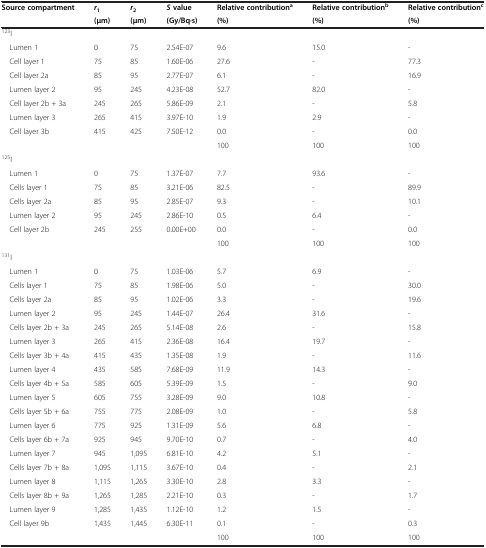
<table><thead><tr><td><b>Source compartment</b></td><td><b><i>r</i><sub>1</sub></b></td><td><b><i>r</i><sub>2</sub></b></td><td><b><i>S</i>value</b></td><td><b>Relative contribution<sup>a</sup></b></td><td><b>Relative contribution<sup>b</sup></b></td><td><b>Relative contribution<sup>c</sup></b></td></tr><tr><td><b> </b></td><td><b>(μm)</b></td><td><b>(μm)</b></td><td><b>(Gy/Bq·s)</b></td><td><b>(%)</b></td><td><b>(%)</b></td><td><b>(%)</b></td></tr></thead><tbody><tr><td colspan="7">123I</td></tr><tr><td> Lumen 1</td><td>0</td><td>75</td><td>2.54E-07</td><td>9.6</td><td>15.0</td><td>-</td></tr><tr><td> Cell layer 1</td><td>75</td><td>85</td><td>1.60E-06</td><td>27.6</td><td>-</td><td>77.3</td></tr><tr><td> Cell layer 2a</td><td>85</td><td>95</td><td>2.77E-07</td><td>6.1</td><td>-</td><td>16.9</td></tr><tr><td> Lumen layer 2</td><td>95</td><td>245</td><td>4.23E-08</td><td>52.7</td><td>82.0</td><td>-</td></tr><tr><td> Cell layer 2b + 3a</td><td>245</td><td>265</td><td>5.86E-09</td><td>2.1</td><td>-</td><td>5.8</td></tr><tr><td> Lumen layer 3</td><td>265</td><td>415</td><td>3.97E-10</td><td>1.9</td><td>2.9</td><td>-</td></tr><tr><td> Cell layer 3b</td><td>415</td><td>425</td><td>7.50E-12</td><td>0.0</td><td>-</td><td>0.0</td></tr><tr><td> </td><td> </td><td> </td><td> </td><td>100</td><td>100</td><td>100</td></tr><tr><td colspan="7"><sup>125</sup>I</td></tr><tr><td> Lumen 1</td><td>0</td><td>75</td><td>1.37E-07</td><td>7.7</td><td>93.6</td><td>-</td></tr><tr><td> Cells layer 1</td><td>75</td><td>85</td><td>3.21E-06</td><td>82.5</td><td>-</td><td>89.9</td></tr><tr><td> Cells layer 2a</td><td>85</td><td>95</td><td>2.85E-07</td><td>9.3</td><td>-</td><td>10.1</td></tr><tr><td> Lumen layer 2</td><td>95</td><td>245</td><td>2.86E-10</td><td>0.5</td><td>6.4</td><td>-</td></tr><tr><td> Cell layer 2b</td><td>245</td><td>255</td><td>0.00E + 00</td><td>0.0</td><td>-</td><td>0.0</td></tr><tr><td> </td><td> </td><td> </td><td> </td><td>100</td><td>100</td><td>100</td></tr><tr><td colspan="7"><sup>131</sup>I</td></tr><tr><td> Lumen 1</td><td>0</td><td>75</td><td>1.03E-06</td><td>5.7</td><td>6.9</td><td>-</td></tr><tr><td> Cells layer 1</td><td>75</td><td>85</td><td>1.98E-06</td><td>5.0</td><td>-</td><td>30.0</td></tr><tr><td> Cells layer 2a</td><td>85</td><td>95</td><td>1.02E-06</td><td>3.3</td><td>-</td><td>19.6</td></tr><tr><td> Lumen layer 2</td><td>95</td><td>245</td><td>1.44E-07</td><td>26.4</td><td>31.6</td><td>-</td></tr><tr><td> Cells layer 2b + 3a</td><td>245</td><td>265</td><td>5.14E-08</td><td>2.6</td><td>-</td><td>15.8</td></tr><tr><td> Lumen layer 3</td><td>265</td><td>415</td><td>2.36E-08</td><td>16.4</td><td>19.7</td><td>-</td></tr><tr><td> Cells layer 3b + 4a</td><td>415</td><td>435</td><td>1.35E-08</td><td>1.9</td><td>-</td><td>11.6</td></tr><tr><td> Lumen layer 4</td><td>435</td><td>585</td><td>7.68E-09</td><td>11.9</td><td>14.3</td><td>-</td></tr><tr><td> Cells layer 4b + 5a</td><td>585</td><td>605</td><td>5.39E-09</td><td>1.5</td><td>-</td><td>9.0</td></tr><tr><td> Lumen layer 5</td><td>605</td><td>755</td><td>3.28E-09</td><td>9.0</td><td>10.8</td><td>-</td></tr><tr><td> Cells layer 5b + 6a</td><td>755</td><td>775</td><td>2.08E-09</td><td>1.0</td><td>-</td><td>5.8</td></tr><tr><td> Lumen layer 6</td><td>775</td><td>925</td><td>1.31E-09</td><td>5.6</td><td>6.8</td><td>-</td></tr><tr><td> Cells layer 6b + 7a</td><td>925</td><td>945</td><td>9.70E-10</td><td>0.7</td><td>-</td><td>4.0</td></tr><tr><td> Lumen layer 7</td><td>945</td><td>1,095</td><td>6.81E-10</td><td>4.2</td><td>5.1</td><td>-</td></tr><tr><td> Cells layer 7b + 8a</td><td>1,095</td><td>1,115</td><td>3.67E-10</td><td>0.4</td><td>-</td><td>2.1</td></tr><tr><td> Lumen layer 8</td><td>1,115</td><td>1,265</td><td>3.30E-10</td><td>2.8</td><td>3.3</td><td>-</td></tr><tr><td> Cells layer 8b + 9a</td><td>1,265</td><td>1,285</td><td>2.21E-10</td><td>0.3</td><td>-</td><td>1.7</td></tr><tr><td> Lumen layer 9</td><td>1,285</td><td>1,435</td><td>1.12E-10</td><td>1.2</td><td>1.5</td><td>-</td></tr><tr><td> Cell layer 9b</td><td>1,435</td><td>1,445</td><td>6.30E-11</td><td>0.1</td><td>-</td><td>0.3</td></tr><tr><td> </td><td> </td><td> </td><td> </td><td>100</td><td>100</td><td>100</td></tr></tbody></table>